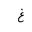
Letter: _gayn